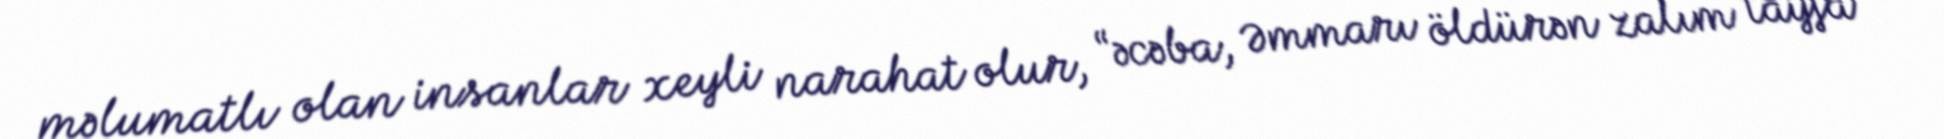
məlumatlı olan insanlar xeyli narahat olur, “əcəba, Əmmarı öldürən zalım tayfa